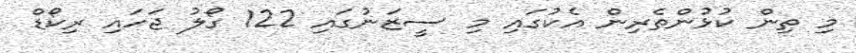
މި ތިން ކުޅުންތެރިން އެކުގައި މި ސީޒަނުގައި 122 ގޯލު ޖަހައި ރިކޯޑް